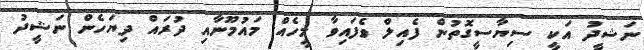
ނަޝީދު އަކީ ސިޔާސީގޮތުން ފެއިލް ވެފައިވާ މީހެއް. މައުމޫނާއި ދުރައް ދިޔަހެން ނަޝީދު